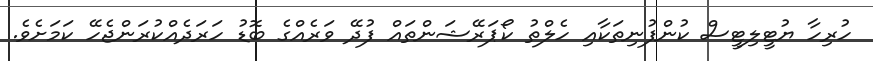
ހުރިހާ ޔުޓީލިޓީސް ކުންފުނިތަކާއި ހެލްތު ކޯޕަރޭޝަންތައް ފުދޭ ވަރެއްގެ ބޮޑު ހަރަދެއްކުރަންޖެހޭ ކަމަށެވެ.